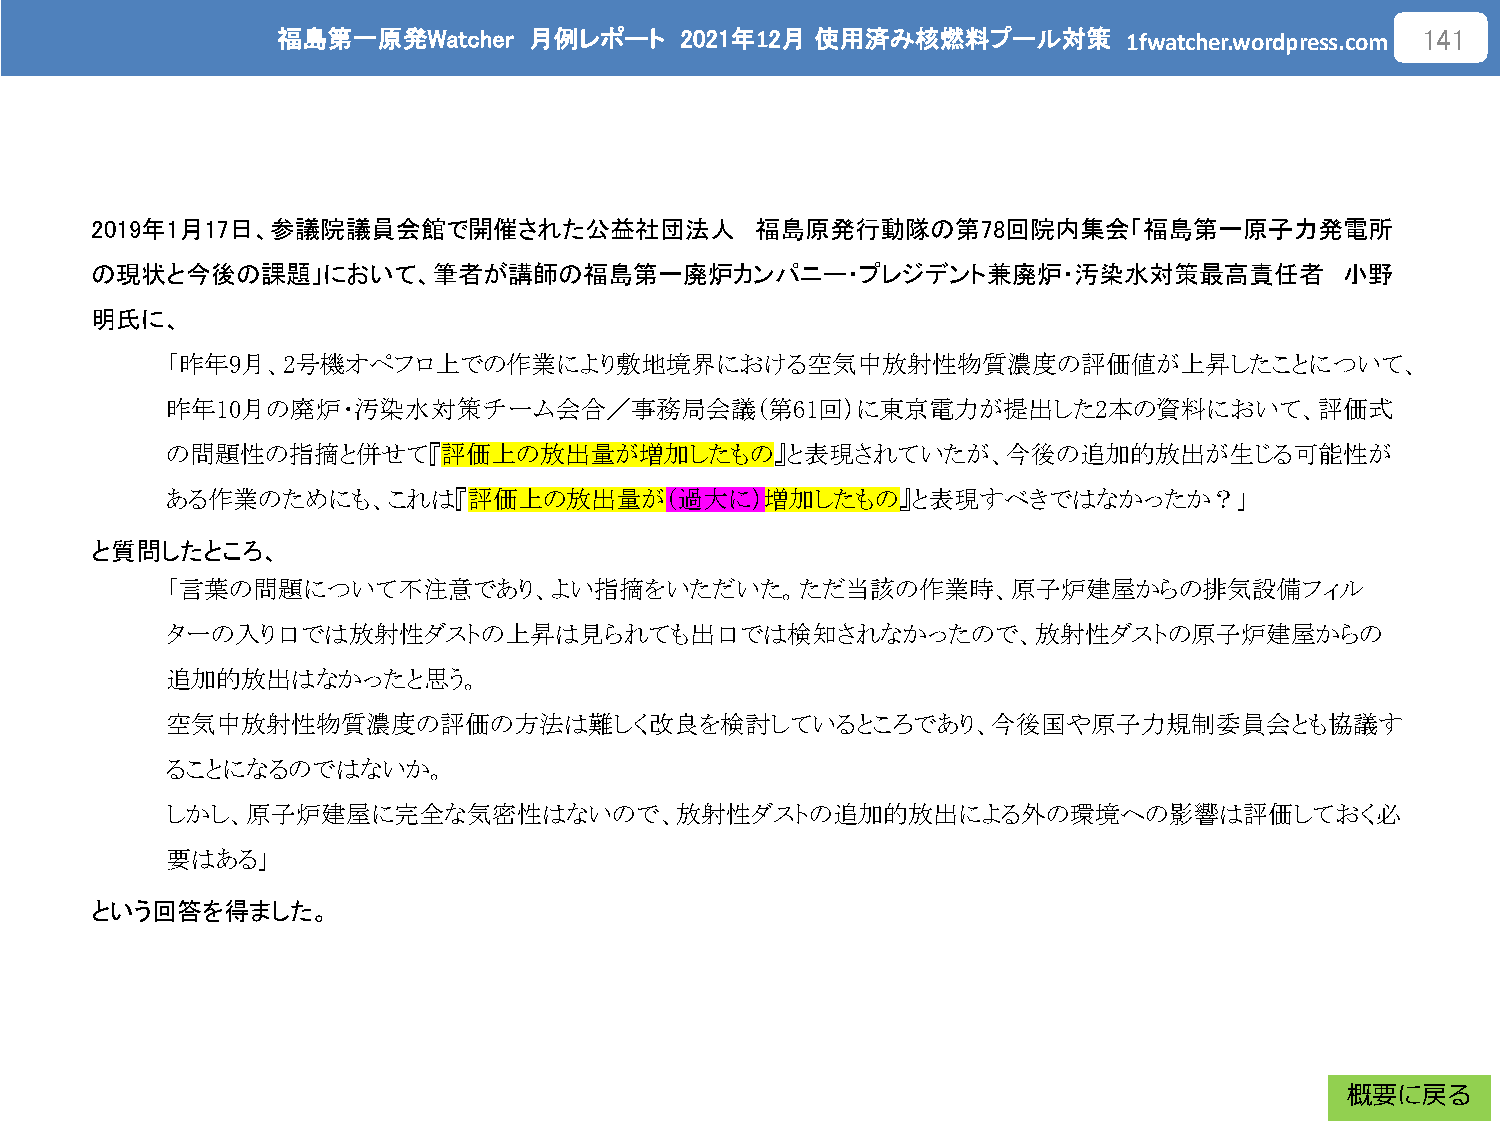
福島第一原発Watcher    月例レポート    2021年12月 使用済み核燃料プール対策
 1fwatcher.wordpress.com
 141
 2019年1月17日、参議院議員会館で開催された公益社団法人              福島原発行動隊の第78回院内集会「福島第一原子力発電所
 の現状と今後の課題」において、筆者が講師の福島第一廃炉カンパニー・プレジデント兼廃炉・汚染水対策最高責任者                              小野
 明氏に、
 「昨年9月、2号機オペフロ上での作業により敷地境界における空気中放射性物質濃度の評価値が上昇したことについて、
 昨年10月の廃炉・汚染水対策チーム会合／事務局会議（第61回）に東京電力が提出した2本の資料において、評価式
 の問題性の指摘と併せて『評価上の放出量が増加したもの』と表現されていたが、今後の追加的放出が生じる可能性が
 ある作業のためにも、これは『評価上の放出量が（過大に）増加したもの』と表現すべきではなかったか？」
 と質問したところ、
 「言葉の問題について不注意であり、よい指摘をいただいた。ただ当該の作業時、原子炉建屋からの排気設備フィル
 ターの入り口では放射性ダストの上昇は見られても出口では検知されなかったので、放射性ダストの原子炉建屋からの
 追加的放出はなかったと思う。
 空気中放射性物質濃度の評価の方法は難しく改良を検討しているところであり、今後国や原子力規制委員会とも協議す
 ることになるのではないか。
 しかし、原子炉建屋に完全な気密性はないので、放射性ダストの追加的放出による外の環境への影響は評価しておく必
 要はある」
 という回答を得ました。
 概要に戻る